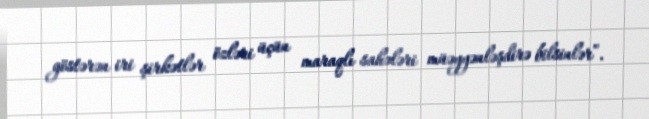
göstərən iri şirkətlər özləri üçün maraqlı sahələri müəyyənləşdirə bilsinlər”.